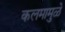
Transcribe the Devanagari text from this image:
कलमामुळे